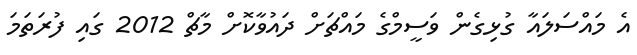
އެ މައްސަލައާ ގުޅިގެން ވަސީމްގެ މައްޗަށް ދައުވާކޮށް މާޗް 2012 ގައި ފުރަތަމަ